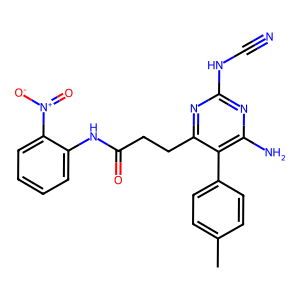
SMILES: Cc1ccc(-c2c(N)nc(NC#N)nc2CCC(=O)Nc2ccccc2[N+](=O)[O-])cc1
Inhibits HIV replication: No